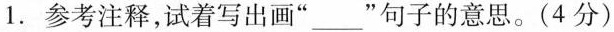
1.参考注释，试着写出画”___”句子的意思。(4分)